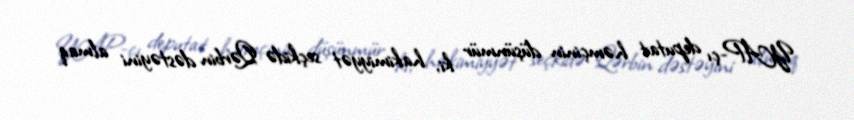
YAP-çı deputat həmçinin düşünmür ki, hakimiyyət seçkidə Qərbin dəstəyini almaq